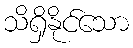
သိရှိနိုင်သော